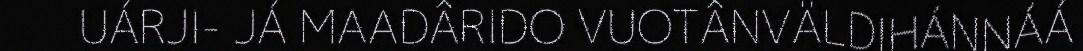
UÁRJI- JÁ MAADÂRIDO VUOTÂNVÄLDIHÁNNÁÁ